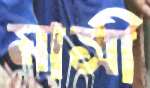
মাসী